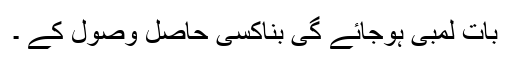
بات لمبی ہوجائے گی بناکسی حاصل وصول کے ۔